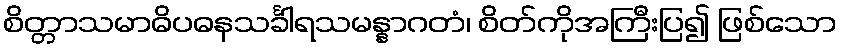
စိတ္တာသမာဓိပဓနသင်္ခါရသမန္နာဂတံ၊ စိတ်ကိုအကြီးပြ၍ ဖြစ်သော